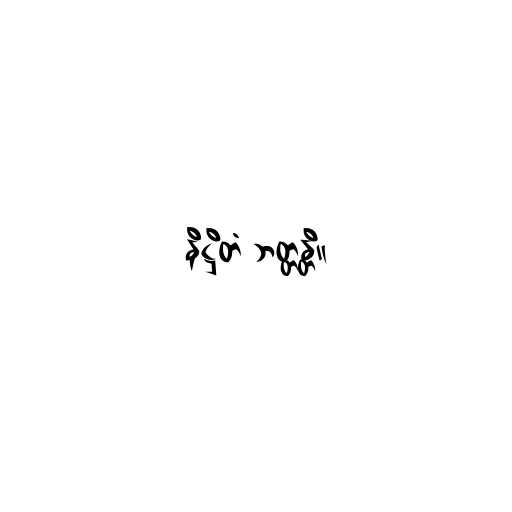
နိဋ္ဌိတံ ဘတ္တန္တိ။